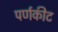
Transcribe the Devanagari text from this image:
पर्णकीट